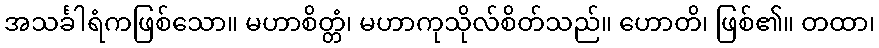
အသင်္ခါရံကဖြစ်သော။ မဟာစိတ္တံ၊ မဟာကုသိုလ်စိတ်သည်။ ဟောတိ၊ ဖြစ်၏။ တထာ၊